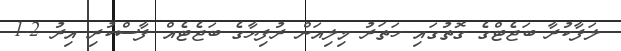
ލަފާކުރާ ބަޖެޓްގެ ގޮތުގައި ހަތަރު މިލިއަން ރުފިޔާގެ ބަޖެޓެއް ފާސްކުރި އިރު 1.2